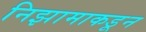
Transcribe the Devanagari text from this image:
निझामाकडून